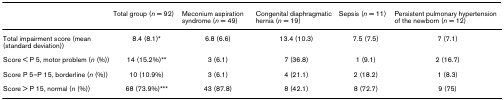
|  | Total group (n = 92) | Meconium aspiration syndrome (n = 49) | Congenital diaphragmatic hernia (n = 19) | Sepsis (n = 11) | Persistent pulmonary hypertension of the newborn (n = 12) |
 | --- | --- | --- | --- | --- | --- |
 | Total impairment score (mean (standard deviation)) | 8.4 (8.1)* | 6.8 (6.6) | 13.4 (10.3) | 7.5 (7.5) | 7 (7.1) |
 | Score < P 5, motor problem (n (%)) | 14 (15.2%)** | 3 (6.1) | 7 (36.8) | 1 (9.1) | 2 (16.7) |
 | Score P 5–P 15, borderline (n (%)) | 10 (10.9%) | 3 (6.1) | 4 (21.1) | 2 (18.2) | 1 (8.3) |
 | Score > P 15, normal (n (%)) | 68 (73.9%)*** | 43 (87.8) | 8 (42.1) | 8 (72.7) | 9 (75) |